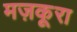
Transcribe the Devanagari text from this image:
मज़कूरा